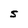
Character: S